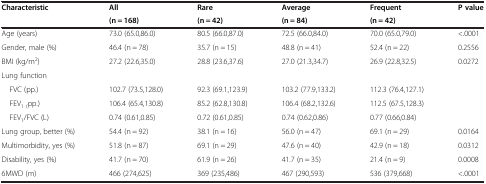
<table><thead><tr><td><b>Characteristic</b></td><td><b>All</b></td><td><b>Rare</b></td><td><b>Average</b></td><td><b>Frequent</b></td><td><b>P value</b></td></tr><tr><td><b> </b></td><td><b>(n = 168)</b></td><td><b>(n = 42)</b></td><td><b>(n = 84)</b></td><td><b>(n = 42)</b></td><td><b> </b></td></tr></thead><tbody><tr><td>Age (years)</td><td>73.0 (65.0,86.0)</td><td>80.5 (66.0,87.0)</td><td>72.5 (66.0,84.0)</td><td>70.0 (65.0,79.0)</td><td>&lt;.0001</td></tr><tr><td>Gender, male (%)</td><td>46.4 (n = 78)</td><td>35.7 (n = 15)</td><td>48.8 (n = 41)</td><td>52.4 (n = 22)</td><td>0.2556</td></tr><tr><td>BMI (kg/m<sup>2</sup>)</td><td>27.2 (22.6,35.0)</td><td>28.8 (23.6,37.6)</td><td>27.0 (21.3,34.7)</td><td>26.9 (22.8,32.5)</td><td>0.0272</td></tr><tr><td>Lung function</td><td> </td><td> </td><td> </td><td> </td><td> </td></tr><tr><td> FVC (pp.)</td><td>102.7 (73.5,128.0)</td><td>92.3 (69.1,123.9)</td><td>103.2 (77.9,133.2)</td><td>112.3 (76.4,127.1)</td><td> </td></tr><tr><td> FEV<sub>1 (</sub>pp.)</td><td>106.4 (65.4,130.8)</td><td>85.2 (62.8,130.8)</td><td>106.4 (68.2,132.6)</td><td>112.5 (67.5,128.3)</td><td> </td></tr><tr><td> FEV<sub>1</sub>/FVC (L)</td><td>0.74 (0.61,0.85)</td><td>0.72 (0.61,0.85)</td><td>0.74 (0.62,0.86)</td><td>0.77 (0.66,0.84)</td><td> </td></tr><tr><td>Lung group, better (%)</td><td>54.4 (n = 92)</td><td>38.1 (n = 16)</td><td>56.0 (n = 47)</td><td>69.1 (n = 29)</td><td>0.0164</td></tr><tr><td>Multimorbidity, yes (%)</td><td>51.8 (n = 87)</td><td>69.1 (n = 29)</td><td>47.6 (n = 40)</td><td>42.9 (n = 18)</td><td>0.0312</td></tr><tr><td>Disability, yes (%)</td><td>41.7 (n = 70)</td><td>61.9 (n = 26)</td><td>41.7 (n = 35)</td><td>21.4 (n = 9)</td><td>0.0008</td></tr><tr><td>6MWD (m)</td><td>466 (274,625)</td><td>369 (235,486)</td><td>467 (290,593)</td><td>536 (379,668)</td><td>&lt;.0001</td></tr></tbody></table>